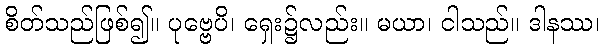
စိတ်သည်ဖြစ်၍။ ပုဗ္ဗေပိ၊ ရှေး၌လည်း။ မယာ၊ ငါသည်။ ဒါနဿ၊